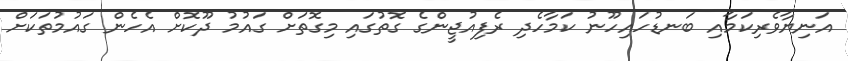
އަނިޔާވެރިކަމާއި ބަނޑުހައިހޫނު ކަމާހެދި ރެފިއުޖީންގެ ގޮތުގައި މިގޮތަށް ގައުމު ދޫކޮށް އެހެން ގައުމުތަކަށް